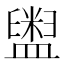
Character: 𱲛